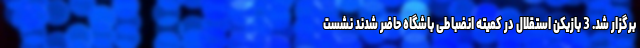
برگزار شد. 3 بازیکن استقلال در کمیته انضباطی باشگاه حاضر شدند نشست